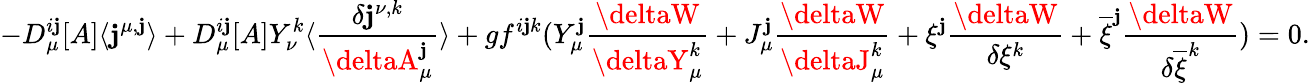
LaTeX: -D_{\mu}^{i\mathbf{j}}[A]\langle\mathbf{j}^{\mu,\mathbf{j}}\rangle+D_{\mu}^{i\mathbf{j}}[A]Y_{\nu}^{k}\langle\frac{{\delta\mathbf{j}^{\nu,k}}}{{\deltaA_{\mu}^{\mathbf{j}}}}\rangle+gf^{i\mathbf{j}k}(Y_{\mu}^{\mathbf{j}}\frac{{\deltaW}}{{\deltaY_{\mu}^{k}}}+J_{\mu}^{\mathbf{j}}\frac{{\deltaW}}{{\deltaJ_{\mu}^{k}}}+\xi^{\mathbf{j}}\frac{{\deltaW}}{{\delta\xi^{k}}}+\overline{{{{\xi}}}}^{\mathbf{j}}\frac{{\deltaW}}{{\delta\overline{{{{\xi}}}}^{k}}})=0.